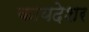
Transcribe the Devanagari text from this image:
कायदेशर